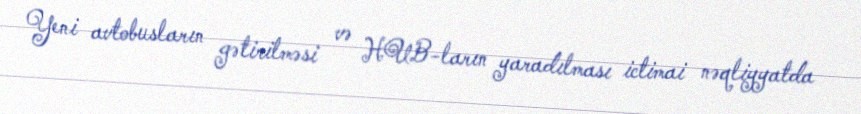
Yeni avtobusların gətirilməsi və HUB-ların yaradılması ictimai nəqliyyatda